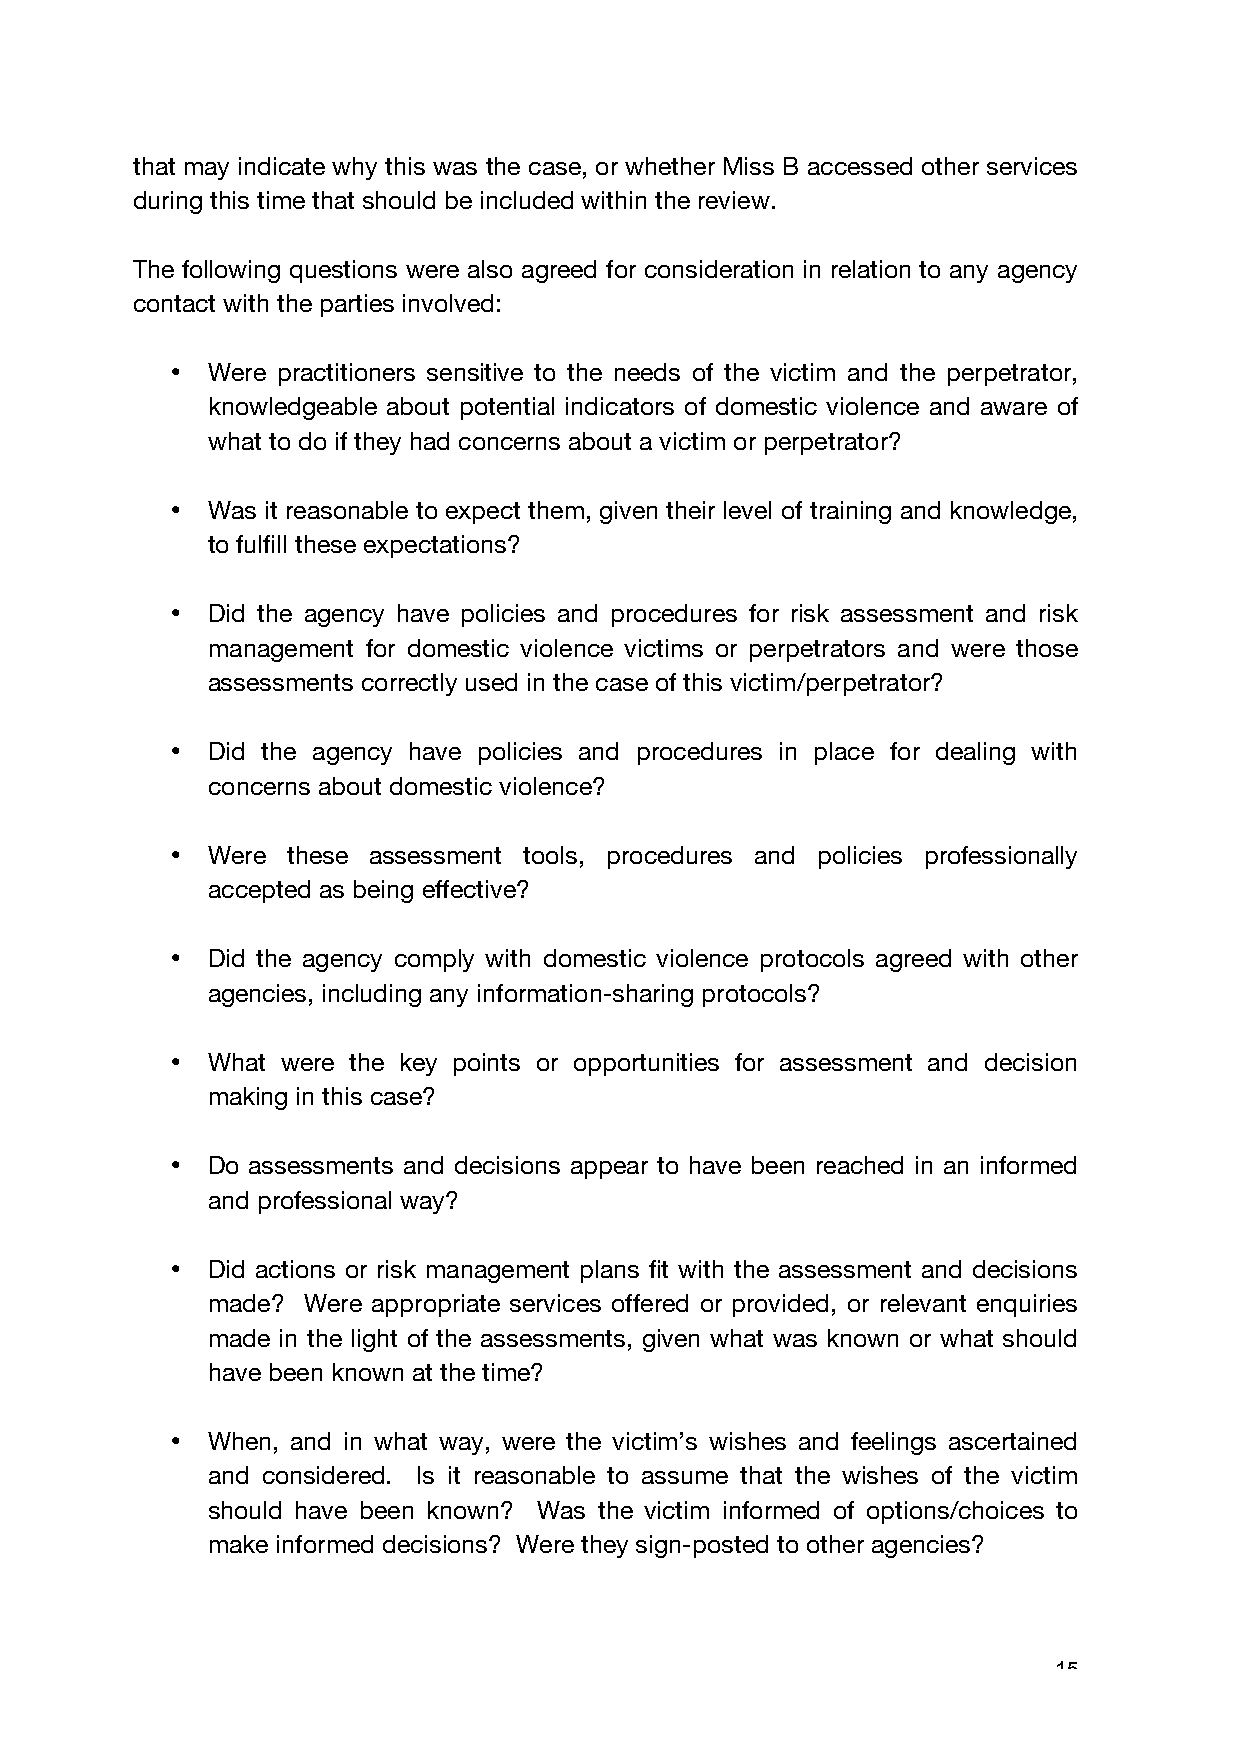
that may indicate why this was the case, or whether Miss B accessed other services
 during this time that should be included within the review.
 The following questions were also agreed for consideration in relation to any agency
 contact with the parties involved:
 •  Were practitioners sensitive to the needs of the victim and the perpetrator,
 knowledgeable about potential indicators of domestic violence and aware of
 what to do if they had concerns about a victim or perpetrator?
 •  Was it reasonable to expect them, given their level of training and knowledge,
 to fulfill these expectations?
 •  Did the agency have policies and procedures for risk assessment and risk
 management for domestic violence victims or perpetrators and were those
 assessments correctly used in the case of this victim/perpetrator?
 •  Did the agency have policies and procedures in place for dealing with
 concerns about domestic violence?
 •  Were these assessment tools, procedures and policies professionally
 accepted as being effective?
 •  Did the agency comply with domestic violence protocols agreed with other
 agencies, including any information-sharing protocols?
 •  What were the key points or opportunities for assessment and decision
 making in this case?
 •  Do assessments and decisions appear to have been reached in an informed
 and professional way?
 •  Did actions or risk management plans fit with the assessment and decisions
 made? Were appropriate services offered or provided, or relevant enquiries
 made in the light of the assessments, given what was known or what should
 have been known at the time?
 •  When, and in what way, were the victim’s wishes and feelings ascertained
 and considered. Is it reasonable to assume that the wishes of the victim
 should have been known? Was the victim informed of options/choices to
 make informed decisions? Were they sign-posted to other agencies?
 15